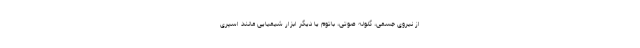
از نیروی جسمی، گلوله صوتی، باتوم یا دیگر ابزار شیمیایی مانند اسپری